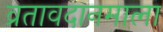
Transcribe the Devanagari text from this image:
व्रतावदानमाला